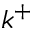
k ^ { + }